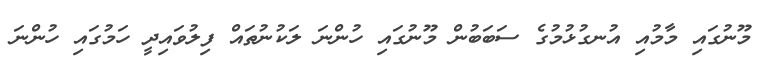
މޫނުގައި މާމުއި އުނގުޅުމުގެ ސަބަބުން މޫނުގައި ހުންނަ ލަކުނުތައް ފިލުވައިދީ ހަމުގައި ހުންނަ